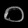
Digit: ၀